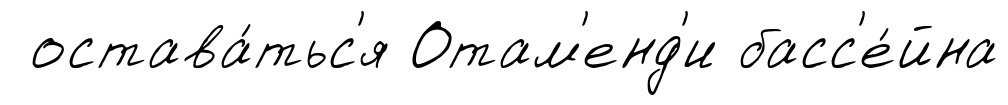
остава́тьс'я Отам'енд'и басс'е́йна